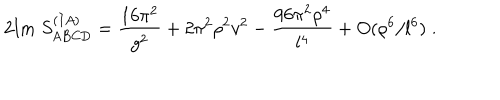
2 \mathrm { I m } \; S _ { \mathrm { A B C D } } ^ { ( I A ) } = \frac { 1 6 \pi ^ { 2 } } { g ^ { 2 } } + 2 \pi ^ { 2 } \rho ^ { 2 } v ^ { 2 } - \frac { 9 6 \pi ^ { 2 } \rho ^ { 4 } } { l ^ { 4 } } + O ( \rho ^ { 6 } / l ^ { 6 } ) \; .